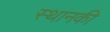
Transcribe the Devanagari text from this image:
स्‍थानकी